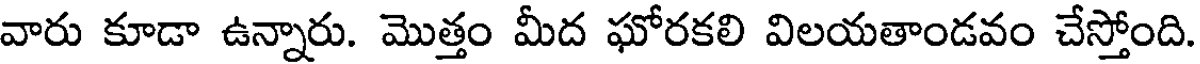
వారు కూడా ఉన్నారు. మొత్తం మీద ఘోరకలి విలయతాండవం చేస్తోంది.